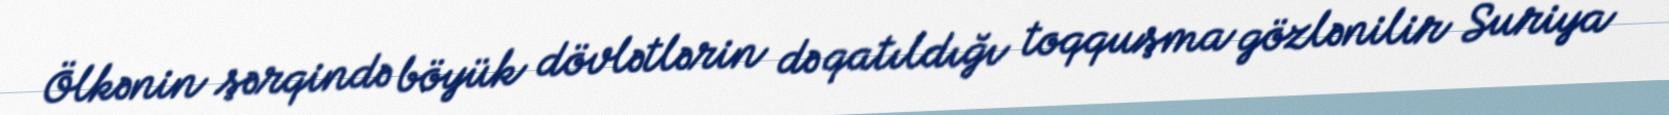
Ölkənin şərqində böyük dövlətlərin də qatıldığı toqquşma gözlənilir Suriya